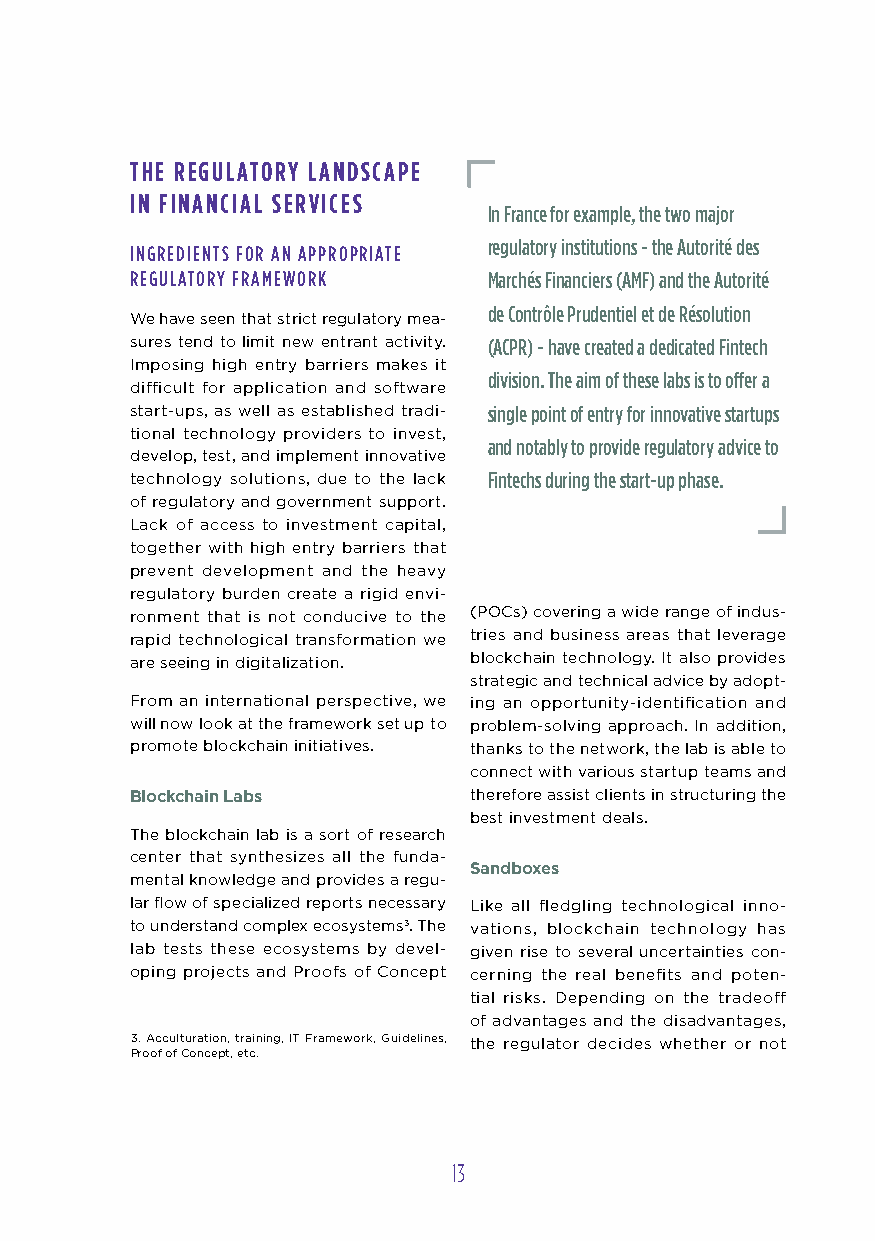
the RegulatoR y landscape
 in financial seRvices
 In France for example, the two major
 regulatory institutions - the Autorité des
 INGREDIENTS F oR AN APPRoPRIATE
 REGULAToRy FRAMEWoRK   Marchés Financiers (AMF) and the Autorité
 de Contrôle Prudentiel et de Résolution
 We have seen that strict regulatory mea-
 sures tend to limit new entrant activity. (ACPR) - have created a dedicated Fintech
 Imposing high entry barriers makes it
 division. The aim of these labs is to offer a
 difficult for application and software
 start-ups, as well as established tradi- single point of entry for innovative startups
 tional technology providers to invest,
 and notably to provide regulatory advice to
 develop, test, and implement innovative
 technology solutions, due to the lack Fintechs during the start-up phase.
 of regulatory and government support.
 Lack of access to investment capital,
 together with high entry barriers that
 prevent development and the heavy
 regulatory burden create a rigid envi-
 ronment that is not conducive to the (POCs) covering a wide range of indus-
 rapid technological transformation we tries and business areas that leverage
 are seeing in digitalization. blockchain technology. It also provides
 strategic and technical advice by adopt-
 From an international perspective, we ing an opportunity-identification and
 will now look at the framework set up to problem-solving approach. In addition,
 promote blockchain initiatives. thanks to the network, the lab is able to
 connect with various startup teams and
 Blockchain Labs       therefore assist clients in structuring the
 best investment deals.
 The blockchain lab is a sort of research
 center that synthesizes all the funda-
 Sandboxes
 mental knowledge and provides a regu-
 lar flow of specialized reports necessary Like all fledgling technological inno-
 to understand complex ecosystems3. The vations, blockchain technology has
 lab tests these ecosystems by devel- given rise to several uncertainties con-
 oping projects and Proofs of Concept cerning the real benefits and poten-
 tial risks. Depending on the tradeoff
 of advantages and the disadvantages,
 3. Acculturation, training, IT Framework, Guidelines, the regulator decides whether or not
 Proof of Concept, etc.
 13